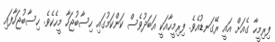
ފިރިމީހާ ގެއަށް އައީ ރޭގަނޑުއެވެ. ފިރިމީހާއަކީ އަބަދުވެސް ކަންކަމުގައި ހިސާބުޖަހާ މީހެކެވެ. ހިސާބުޖަހާފައި